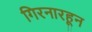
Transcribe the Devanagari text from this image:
गिरनारहून